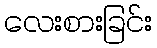
လေးစားခြင်း